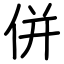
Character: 併